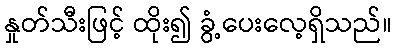
နှုတ်သီးဖြင့် ထိုး၍ ခွံ့ပေးလေ့ရှိသည်။